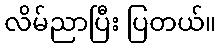
လိမ်ညာပြီး ပြတယ်။